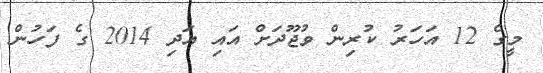
މީގެ 12 އަހަރު ކުރިން ވުޖޫދަށް އައި އަދި 2014 ގެ ފަހުން